Bréfritari: Valgerður Einarsdóttir
Viðtakandi: D. Halldórsson
Dagsetning: A-1872-11-16
Skrifað á: Hamri
Ekkja séra Sigurðar Tómassonar

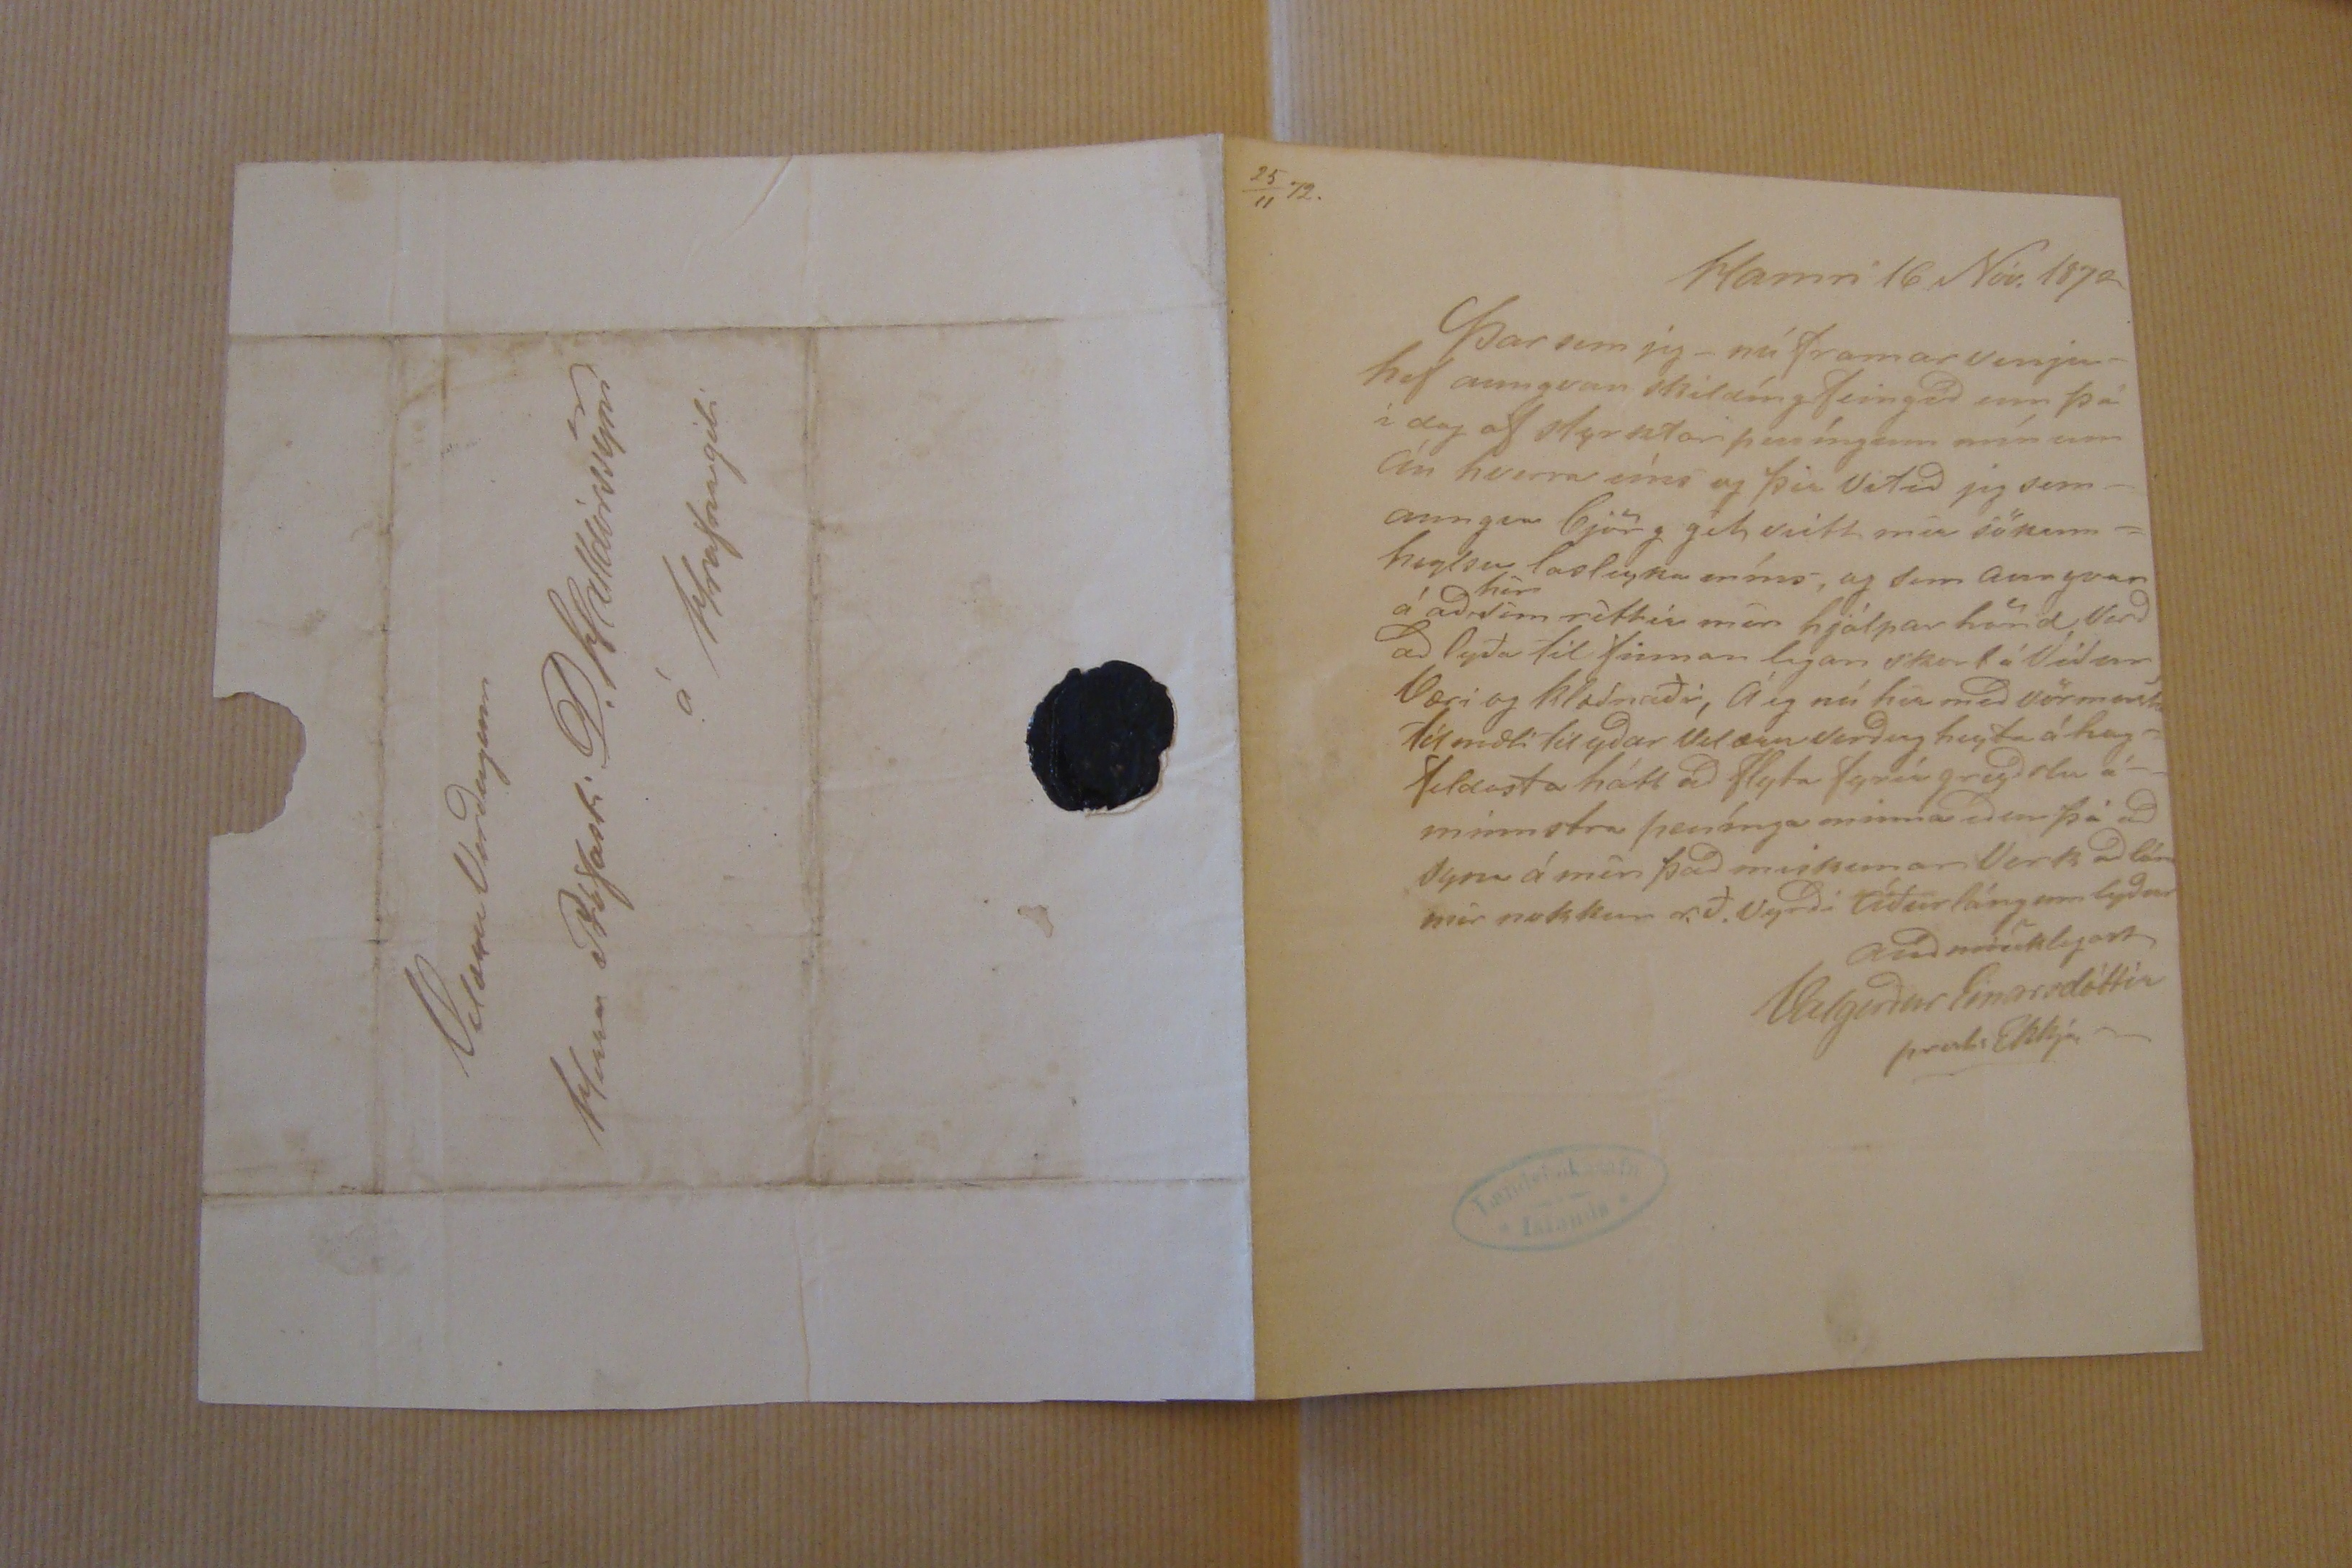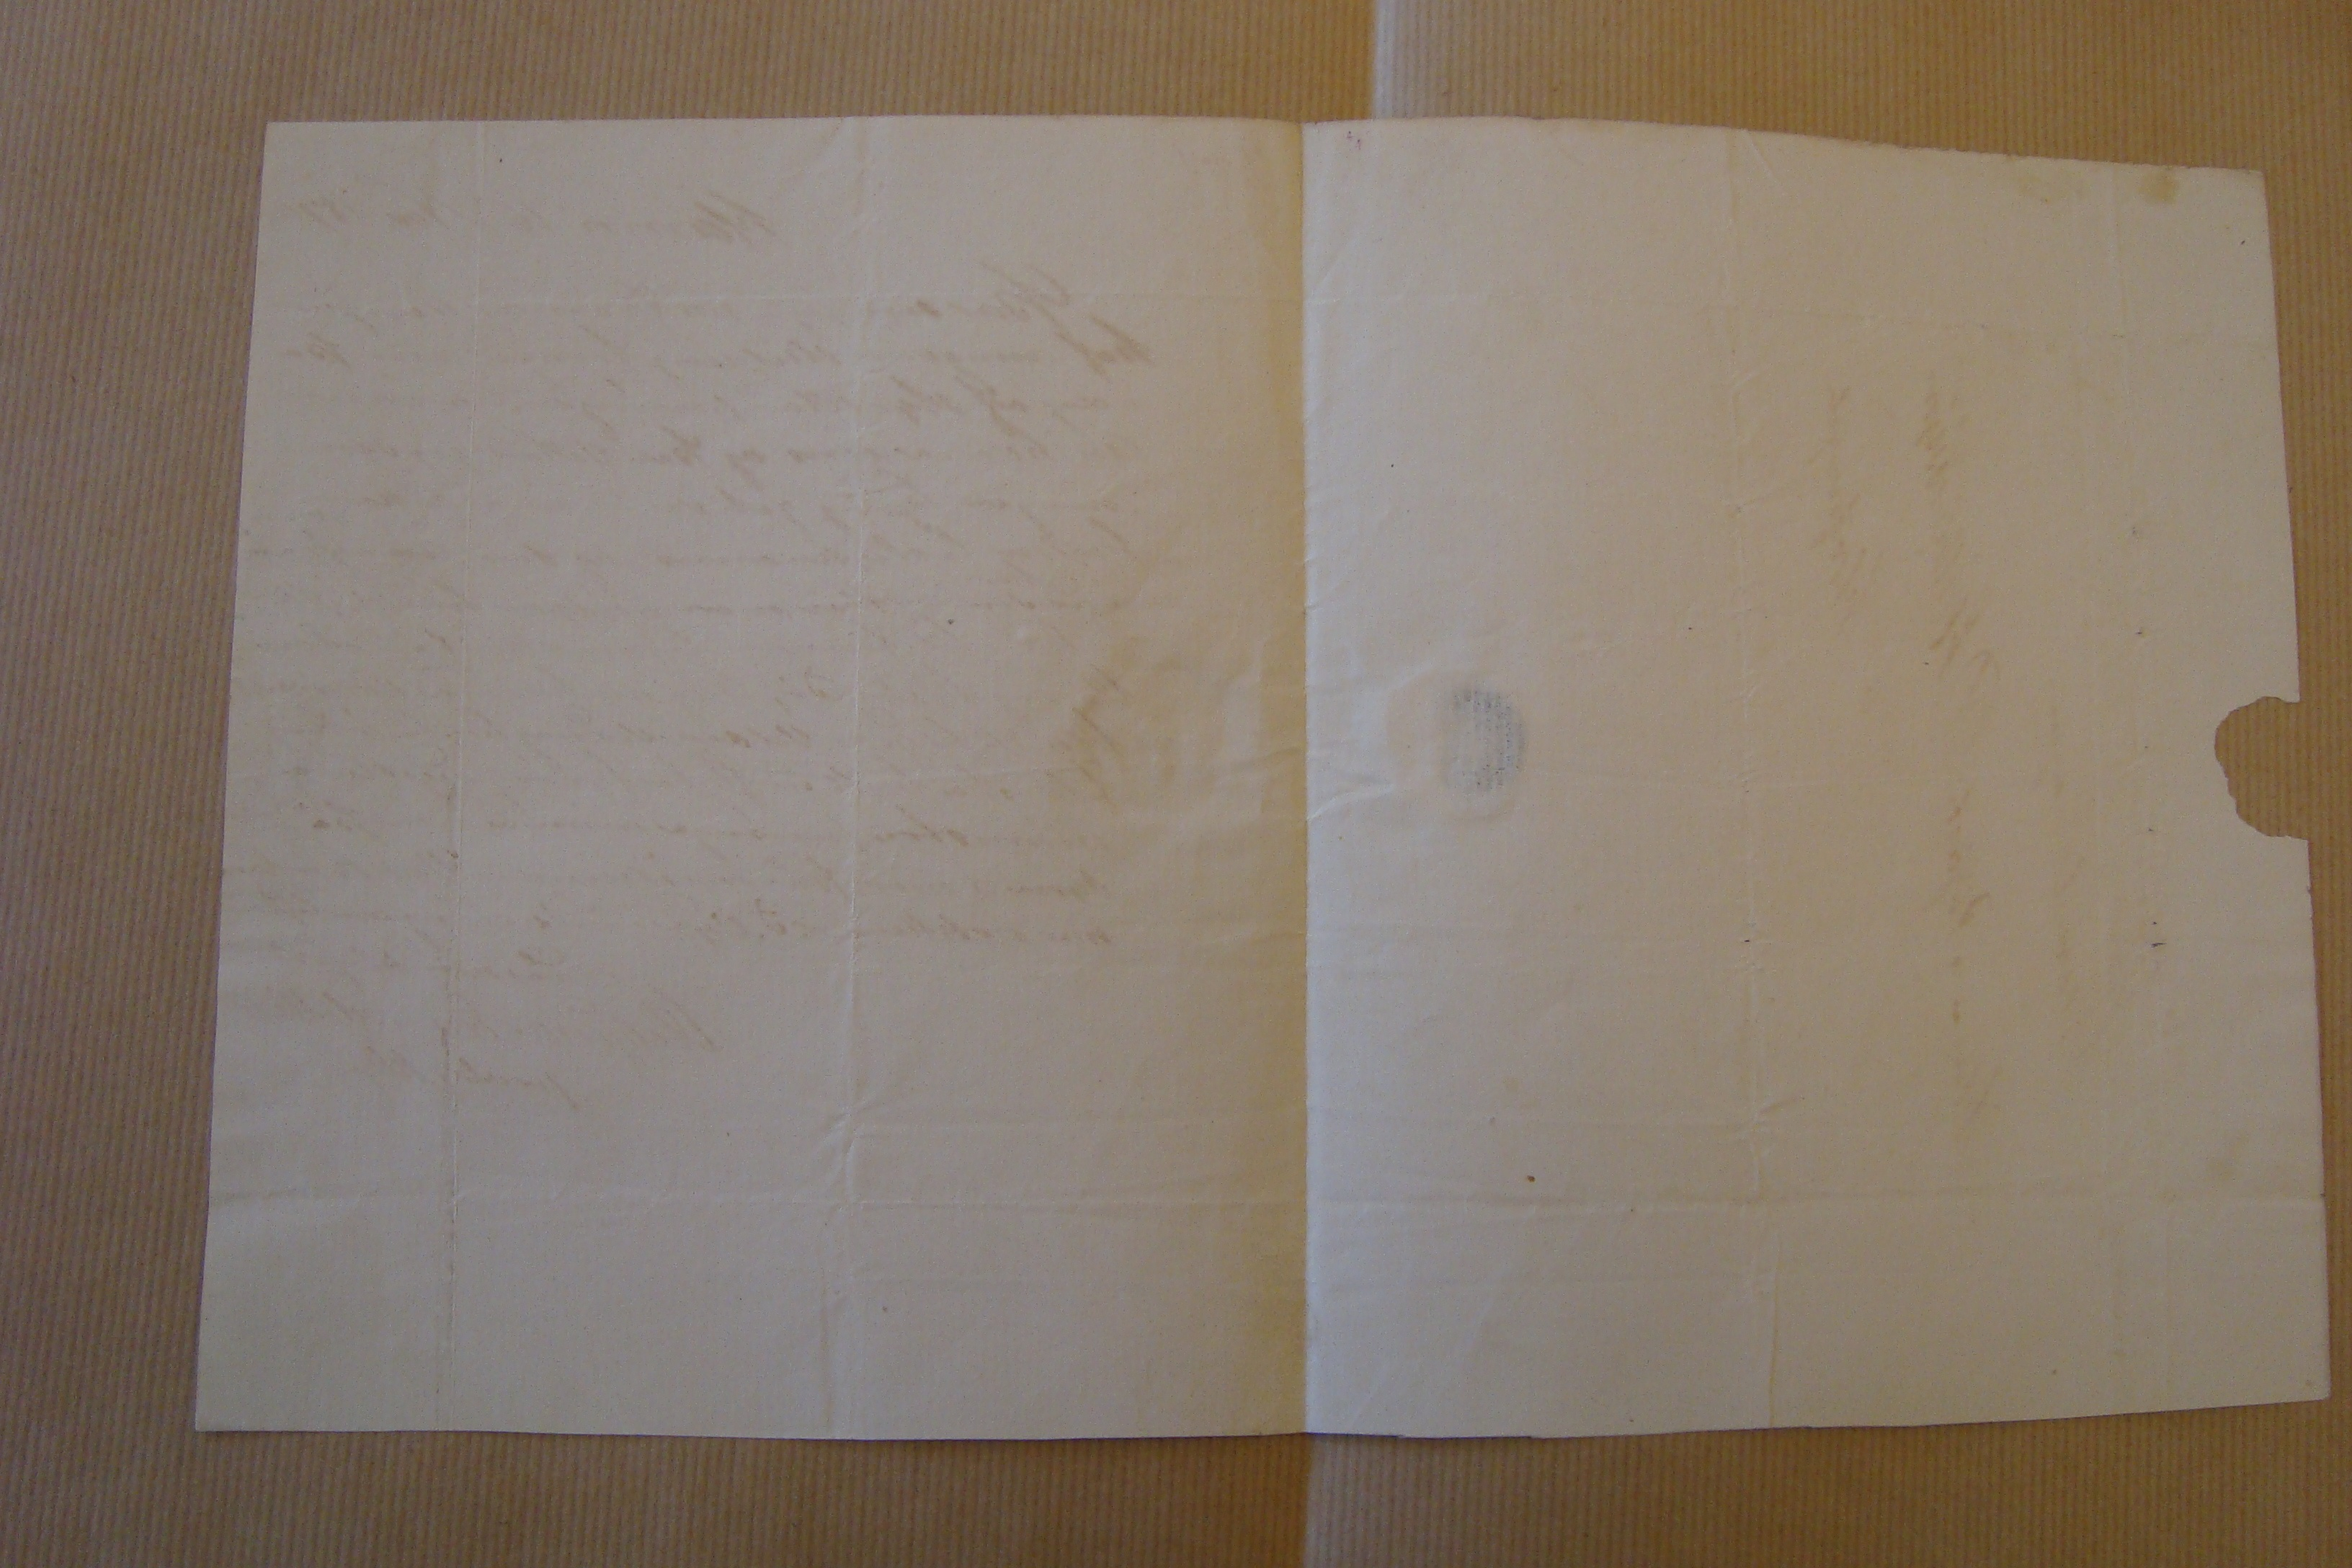

25/11 72.
Hamri 16 Nóv. 1872
Þar sem jeg -nú framar venju- hef aungvan skildíng feingið enn þá í dag af styrktar peníngum mínum Án hverra eíns og þir vitið jeg sem - aungin björg
git nitt
mír sökum =
huglju
lasleyka míns, og sem aungvar á að
hér
sem réttir mér hjálpar hönd Varð að lyða til Sinnar legan skort á Viðar Væri og Klæðnaði, Á eg nú hér með vörmasta tílmæli til yðar Velæruverðug beyta á hag- feldasta hátt að flyta fyrír greyðslu á- mínnstra penínga minna eður þá að syna á mín það miskunarVerk að lána mér nokkur rð. Vyrði Áður lángum lyður
auðmiuklegan
Valgerður Einarsdóttír
prests Ekkja-
Velæru Verðugum
Herra Prófasti D. Halldórssyni
á/ Hrafnagili